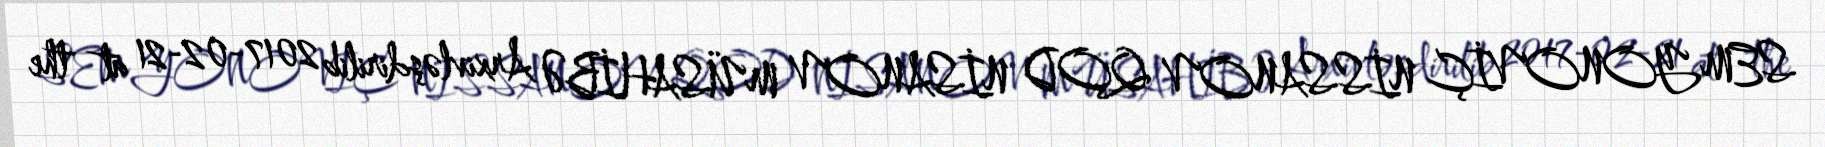
SEMYONOVİÇ NİSSANOV QOD NİSANOV MÜSAHİBƏ Arxivləşdirilib 2017-02-21 at the